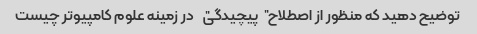
توضیح دهید که منظور از اصطلاح "پیچیدگی" در زمینه علوم کامپیوتر چیست